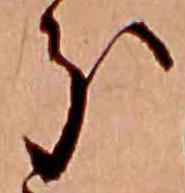
分